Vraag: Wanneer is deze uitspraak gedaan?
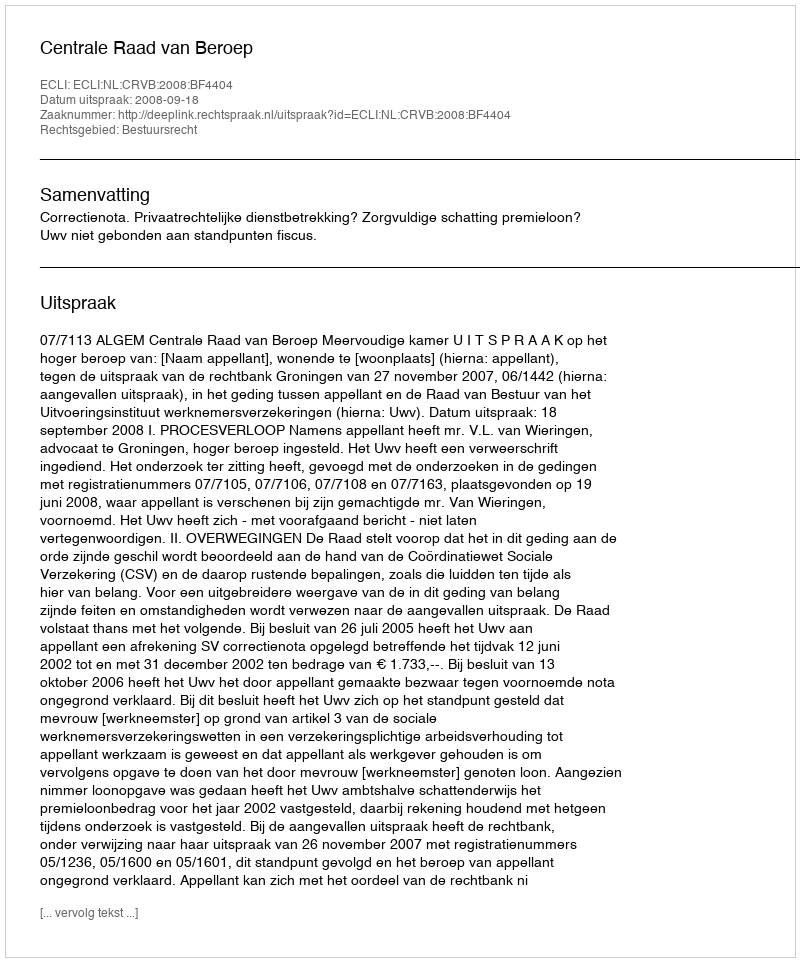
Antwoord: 2008-09-18